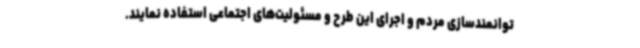
توانمندسازی مردم و اجرای این طرح و مسئولیت‌های اجتماعی استفاده نمایند.